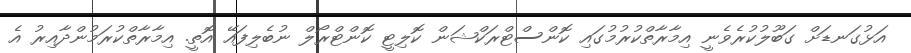
އަޅުގަނޑަށް ގަބޫލުކުރެވެނީ އިމާރާތްކުރުމުގައި ކޮންސްޓްރަކްޝަން ކޮލިޓީ ކޮންޓްރޯލް ނުބެލިފައޭ އޮތީ. އިމާރާތްކުރަމުންދާއިރު އެ